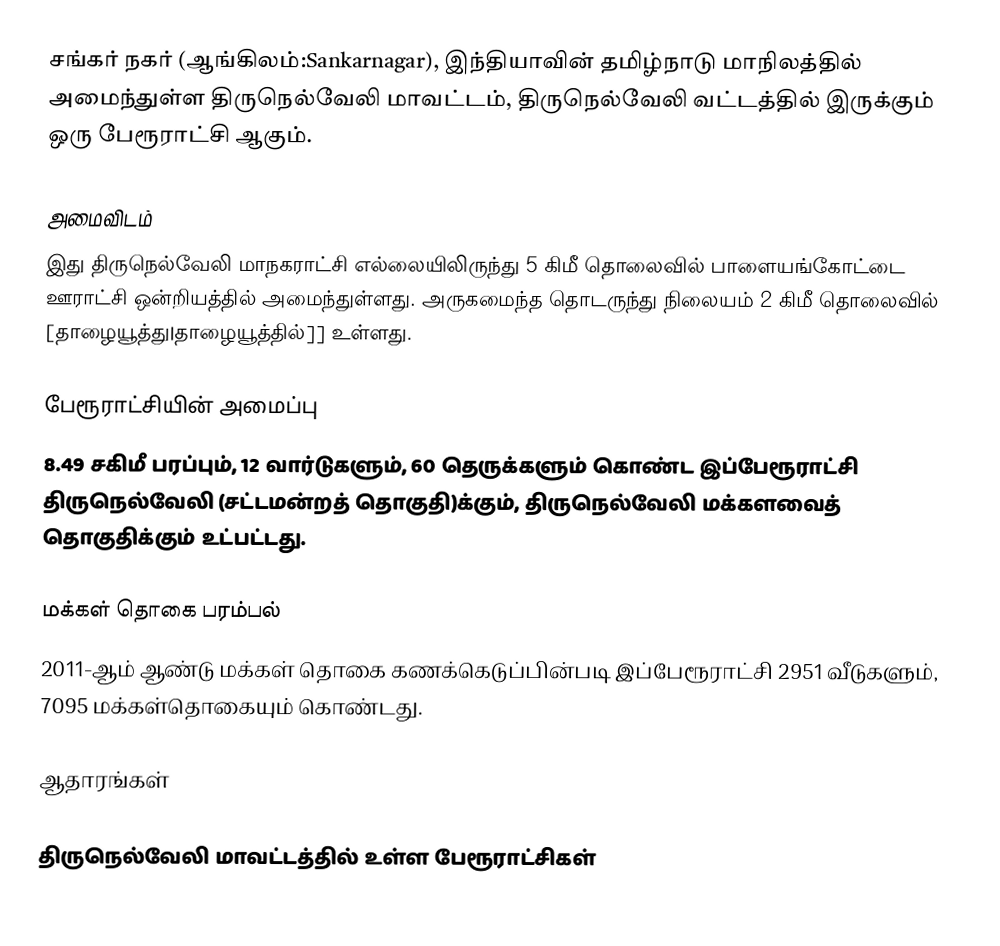
சங்கர் நகர் (ஆங்கிலம்:Sankarnagar), இந்தியாவின் தமிழ்நாடு மாநிலத்தில் அமைந்துள்ள திருநெல்வேலி மாவட்டம், திருநெல்வேலி வட்டத்தில் இருக்கும் ஒரு பேரூராட்சி ஆகும்.

அமைவிடம்
இது திருநெல்வேலி மாநகராட்சி எல்லையிலிருந்து 5 கிமீ தொலைவில் பாளையங்கோட்டை ஊராட்சி ஒன்றியத்தில் அமைந்துள்ளது. அருகமைந்த தொடருந்து நிலையம் 2 கிமீ தொலைவில் [தாழையூத்து|தாழையூத்தில்]] உள்ளது.

பேரூராட்சியின் அமைப்பு
8.49 சகிமீ பரப்பும், 12 வார்டுகளும், 60 தெருக்களும் கொண்ட இப்பேரூராட்சி திருநெல்வேலி (சட்டமன்றத் தொகுதி)க்கும், திருநெல்வேலி மக்களவைத் தொகுதிக்கும் உட்பட்டது.

மக்கள் தொகை பரம்பல்
2011-ஆம் ஆண்டு மக்கள் தொகை கணக்கெடுப்பின்படி இப்பேரூராட்சி 2951 வீடுகளும், 7095 மக்கள்தொகையும் கொண்டது.

ஆதாரங்கள்

திருநெல்வேலி மாவட்டத்தில் உள்ள பேரூராட்சிகள்